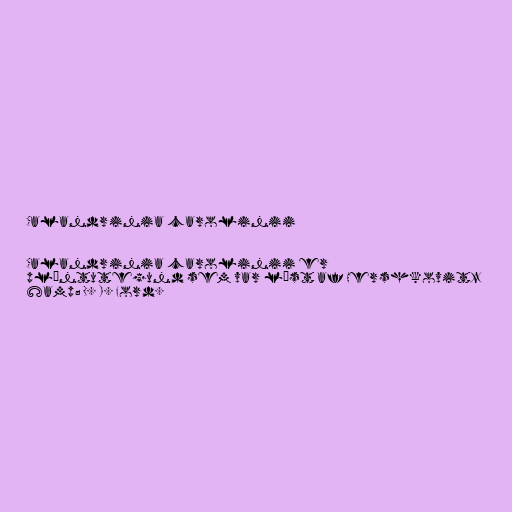
Calandrinia carolinii

Calandrinia carolinii er
plöntutegund sem var lýst af Hershkovitz
&amp; D. I. Ford.